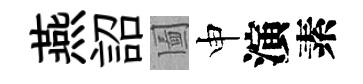
燕詔圗申演素